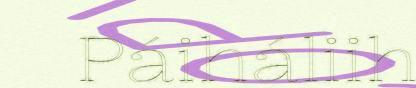
Páiháliih